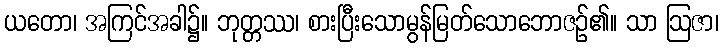
ယတော၊ အကြင်အခါ၌။ ဘုတ္တဿ၊ စားပြီးသောမွန်မြတ်သောဘောဇဉ်၏။ သာ ဩဇာ၊